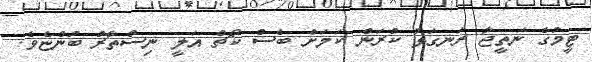
ޓީމުގެ ނަތީޖާ ރަނގަޅު ކުރަން ކަމަށް ބެސް ކޯޗް އަލީ ނިސްތާރު ބުންޏެވެ.